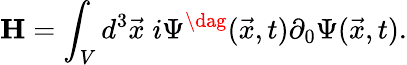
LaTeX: {\mathbf H}=\int_{V}d^{3}{\vec{x}}\; i\Psi^{\dag}(\vec{x},t)\partial_{0}\Psi(\vec{x},t).